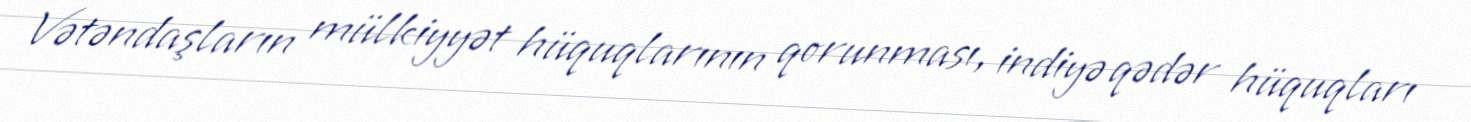
Vətəndaşların mülkiyyət hüquqlarının qorunması, indiyə qədər hüquqları